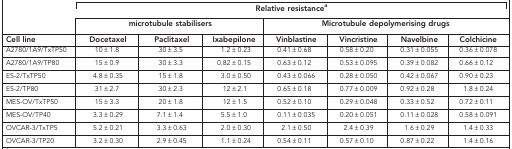
<table><thead><tr><td><b> </b></td><td colspan="7"><b>Relative resistancea</b></td></tr><tr><td><b> </b></td><td colspan="3"><b>microtubule stabilisers</b></td><td colspan="4"><b>Microtubule depolymerising drugs</b></td></tr><tr><td><b>Cell line</b></td><td><b>Docetaxel</b></td><td><b>Paclitaxel</b></td><td><b>Ixabepilone</b></td><td><b>Vinblastine</b></td><td><b>Vincristine</b></td><td><b>Navelbine</b></td><td><b>Colchicine</b></td></tr></thead><tbody><tr><td>A2780/1A9/TxTP50</td><td>10±1.8</td><td>30±3.5</td><td>1.2±0.23</td><td>0.41±0.68</td><td>0.58±0.20</td><td>0.31±0.055</td><td>0.36±0.078</td></tr><tr><td>A2780/1A9/TP80</td><td>15±0.9</td><td>30±3.3</td><td>0.82±0.15</td><td>0.63±0.12</td><td>0.53±0.095</td><td>0.39±0.082</td><td>0.66±0.12</td></tr><tr><td>ES-2/TxTP50</td><td>4.8±0.35</td><td>15±1.8</td><td>3.0±0.50</td><td>0.43±0.066</td><td>0.28±0.050</td><td>0.42±0.067</td><td>0.90±0.23</td></tr><tr><td>ES-2/TP80</td><td>31±2.7</td><td>30±2.3</td><td>12±2.1</td><td>0.65±0.18</td><td>0.77±0.009</td><td>0.92±0.28</td><td>1.8±0.24</td></tr><tr><td>MES-OV/TxTP50</td><td>15±3.3</td><td>20±1.8</td><td>12±1.5</td><td>0.52±0.10</td><td>0.29±0.048</td><td>0.33±0.52</td><td>0.72±0.11</td></tr><tr><td>MES-OV/TP40</td><td>3.3±0.29</td><td>7.1±1.4</td><td>5.5±1.0</td><td>0.11±0.035</td><td>0.20±0.051</td><td>0.11±0.028</td><td>0.58±0.091</td></tr><tr><td>OVCAR-3/TxTP5</td><td>5.2±0.21</td><td>3.3±0.63</td><td>2.0±0.30</td><td>2.1±0.50</td><td>2.4±0.39</td><td>1.6±0.29</td><td>1.4±0.33</td></tr><tr><td>OVCAR-3/TP20</td><td>3.2±0.30</td><td>2.9±0.45</td><td>1.1±0.24</td><td>0.54±0.11</td><td>0.57±0.10</td><td>0.87±0.22</td><td>1.4±0.16</td></tr></tbody></table>